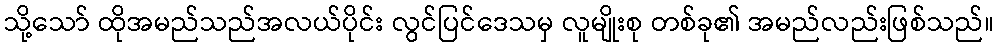
သို့သော် ထိုအမည်သည်အလယ်ပိုင်း လွင်ပြင်ဒေသမှ လူမျိုးစု တစ်ခု၏ အမည်လည်းဖြစ်သည်။